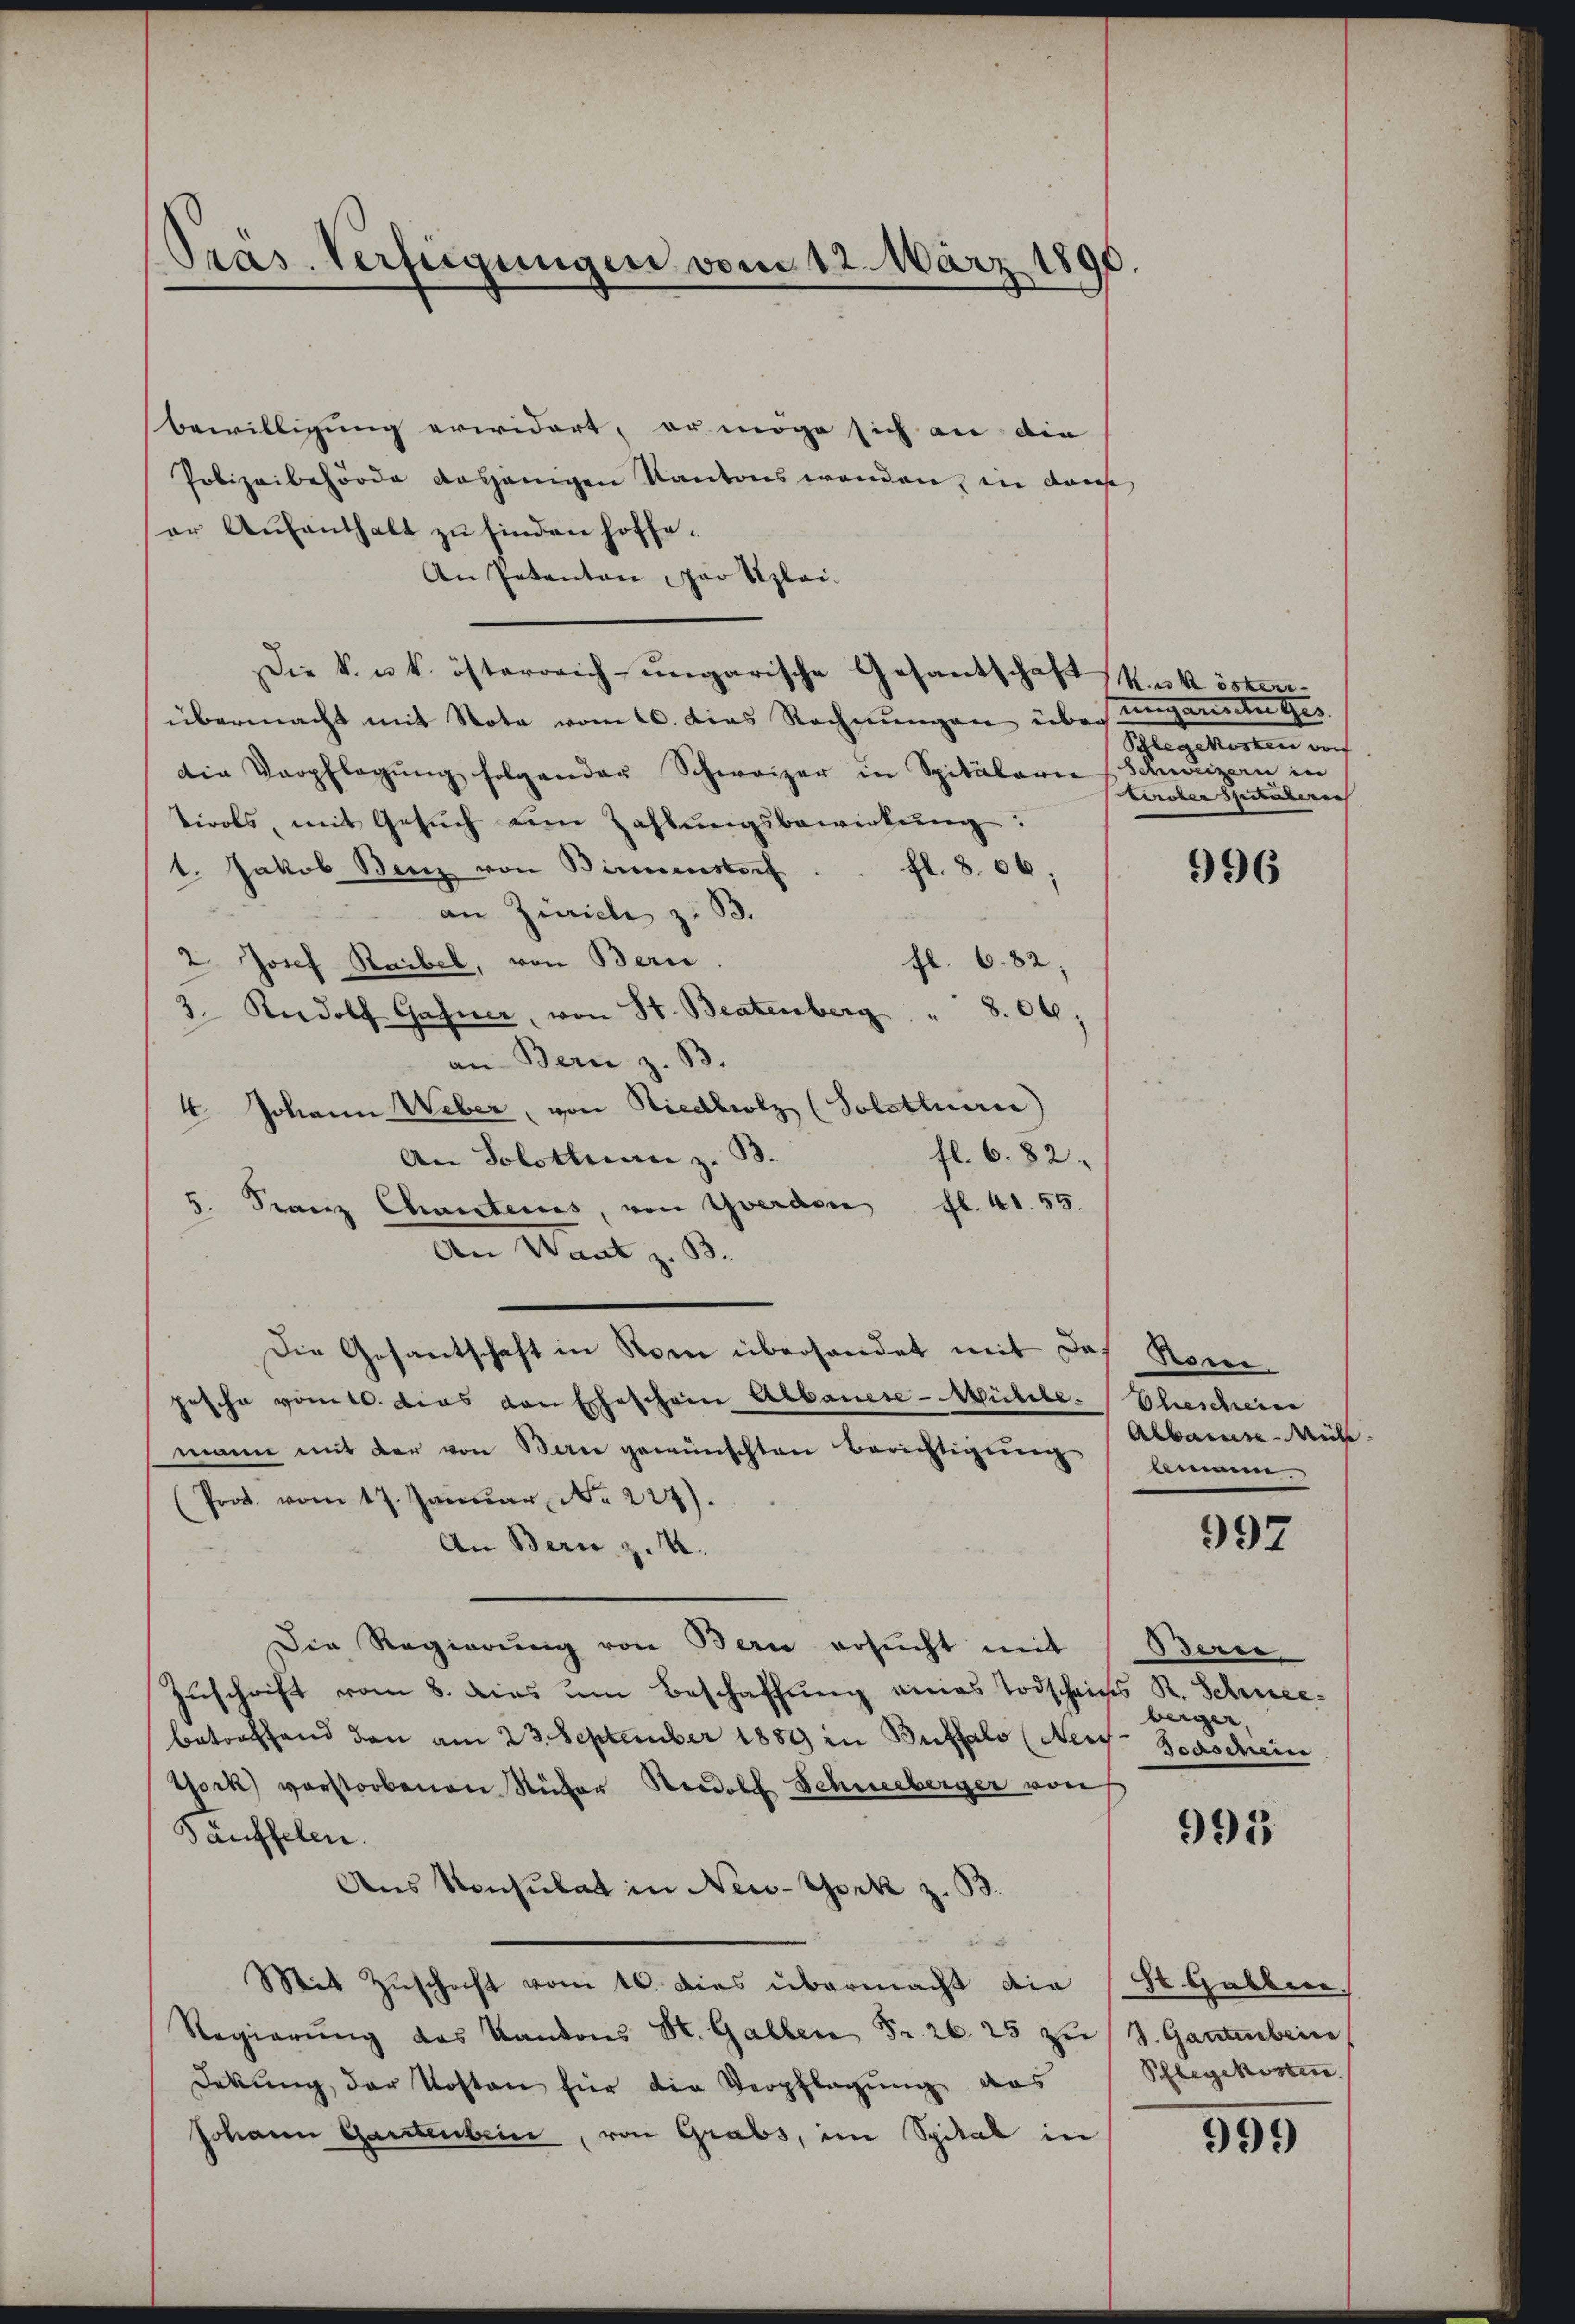
Pras. Verfeigungen vom 12. März 1890.

bewilligung erwidert, er möge sich an die
Polizeibehörde dasjenigen Kantons wenden, in dans
or Aufenthalt zu finden hoffe.
An Petenten par Szlei.
Die k. u. k. österreich-ungarische Gesantschaft
übermacht mit Nota vom 6. dies Rechnŭngen über ungarische Ges
die Verpflegŭng folgender Schweizer in Spitalarie (Schweizern in
tirols, mit Gesuch eine Zahlungsbewirkung:
t. Jakob Benz von Birmenstorf
fl. 806;
an Zürich z. B.
2. Josef Raibel, von Berie.
fl. 6. 82;
3. Rudolf Gasner, von St. Beatenberg " 806;
an Bern z. B.
4 Johann Weber, von Riedbrotz (Solsteuern)
fl. 6. 82.
An Solothurn z. B.
5. Franz Chantens, von Yverden fl. 41. 55.
An Staat z. B.
Die Gesantschaft in Nom überhandet mit das Rome
pesche vom 10. Das von Eheschein Albanese-Mühle. Eheschein
mann mit der von Berne gewünschten Berichtigung baumen
Prot. vom 17. Janŭar No. 227).
An Bern z. B.
Die Regierung von Bern ersucht mit Bern,
Zuschrift vom 8. dies um Beschaffung eines Todscheins R. Schneeberger,
betreffend den am 23. September 1889 in Buffalo (Nees Todschein
York verstorbenen Rüfer Rudolf Schneeberger von
991
Täuffelen.
Aus Konsulat in New-York z. B.
d
Mit Zuschaft vom 16. dies übermacht die St. Gallen.
Regierŭng des Kantons St. Gallen Fr. 26. 25 zŭ (S. Gantenbeine
Dekŭng der Kosten für die Verpflegŭng das Pflegekosten.
Johann Gantenbein, von Grabs, im Spital in

K.k öster-
Ghergeboren auch
tiroler Spitalerie

996

Albaute ich

997

599